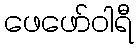
ဖေဖော်ဝါရီ